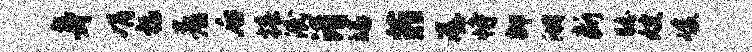
身娟福着后椿泯淆皤菲潺恃御湖断瞩嫂峻